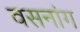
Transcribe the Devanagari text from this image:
वसनांग